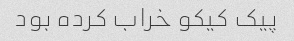
پیک کیکو خراب کرده بود